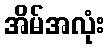
အိမ်အလုံး